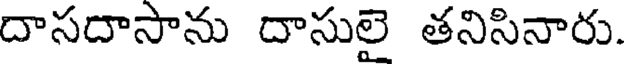
దాసదాసాను దాసులై తనిసినారు.